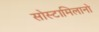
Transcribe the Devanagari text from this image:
सोस्टामिलानो